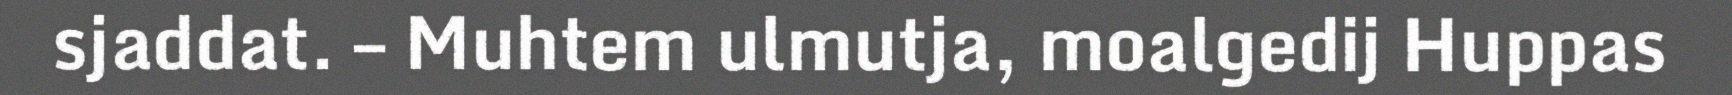
sjaddat. – Muhtem ulmutja, moalgedij Huppas